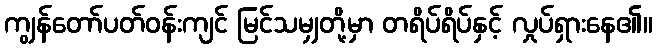
ကျွန်တော်ပတ်ဝန်းကျင် မြင်သမျှတို့မှာ တရိပ်ရိပ်နှင့် လှုပ်ရှားနေ၏။